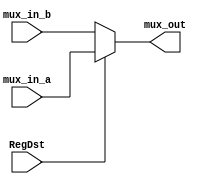
`timescale 1ns / 1ps
//////////////////////////////////////////////////////////////////////////////////
// Company: 
// Engineer: 
// 
// Design Name: 
// Module Name: MUX_0
// Project Name: 
// Target Devices: 
// Tool Versions: 
// Description: 
// 
// Dependencies: 
// 
// Revision:
// Revision 0.01 - File Created
// Additional Comments:
// 
//////////////////////////////////////////////////////////////////////////////////


module MUX_0(RegDst, mux_in_a, mux_in_b, mux_out);
    input RegDst;
    input [4:0] mux_in_a, mux_in_b;
    output [4:0] mux_out;
    
    assign mux_out = (RegDst)? mux_in_a : mux_in_b;
    
endmodule